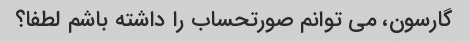
گارسون، می توانم صورتحساب را داشته باشم لطفا؟